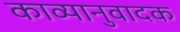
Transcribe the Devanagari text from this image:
काव्यानुवादक